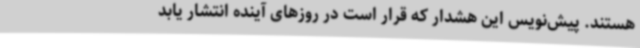
هستند. پیش‌نویس این هشدار که قرار است در روزهای آینده انتشار یابد